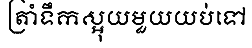
ត្រាំទឹកស្អុយមួយយប់ទៅ